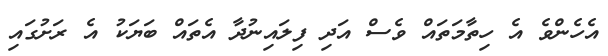
އެހެންވެ އެ ހިތާމަތައް ވެސް އަދި ފިލައިނުދާ އެތައް ބަޔަކު އެ ރަށުގައި